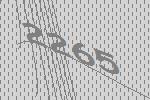
2265